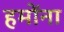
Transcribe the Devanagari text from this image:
हमोंना